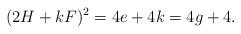
LaTeX: \begin{align*}(2H+kF)^2=4e+4k=4g+4.\end{align*}